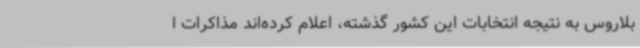
بلاروس به نتیجه انتخابات این کشور گذشته، اعلام کرده‌اند مذاکرات ا